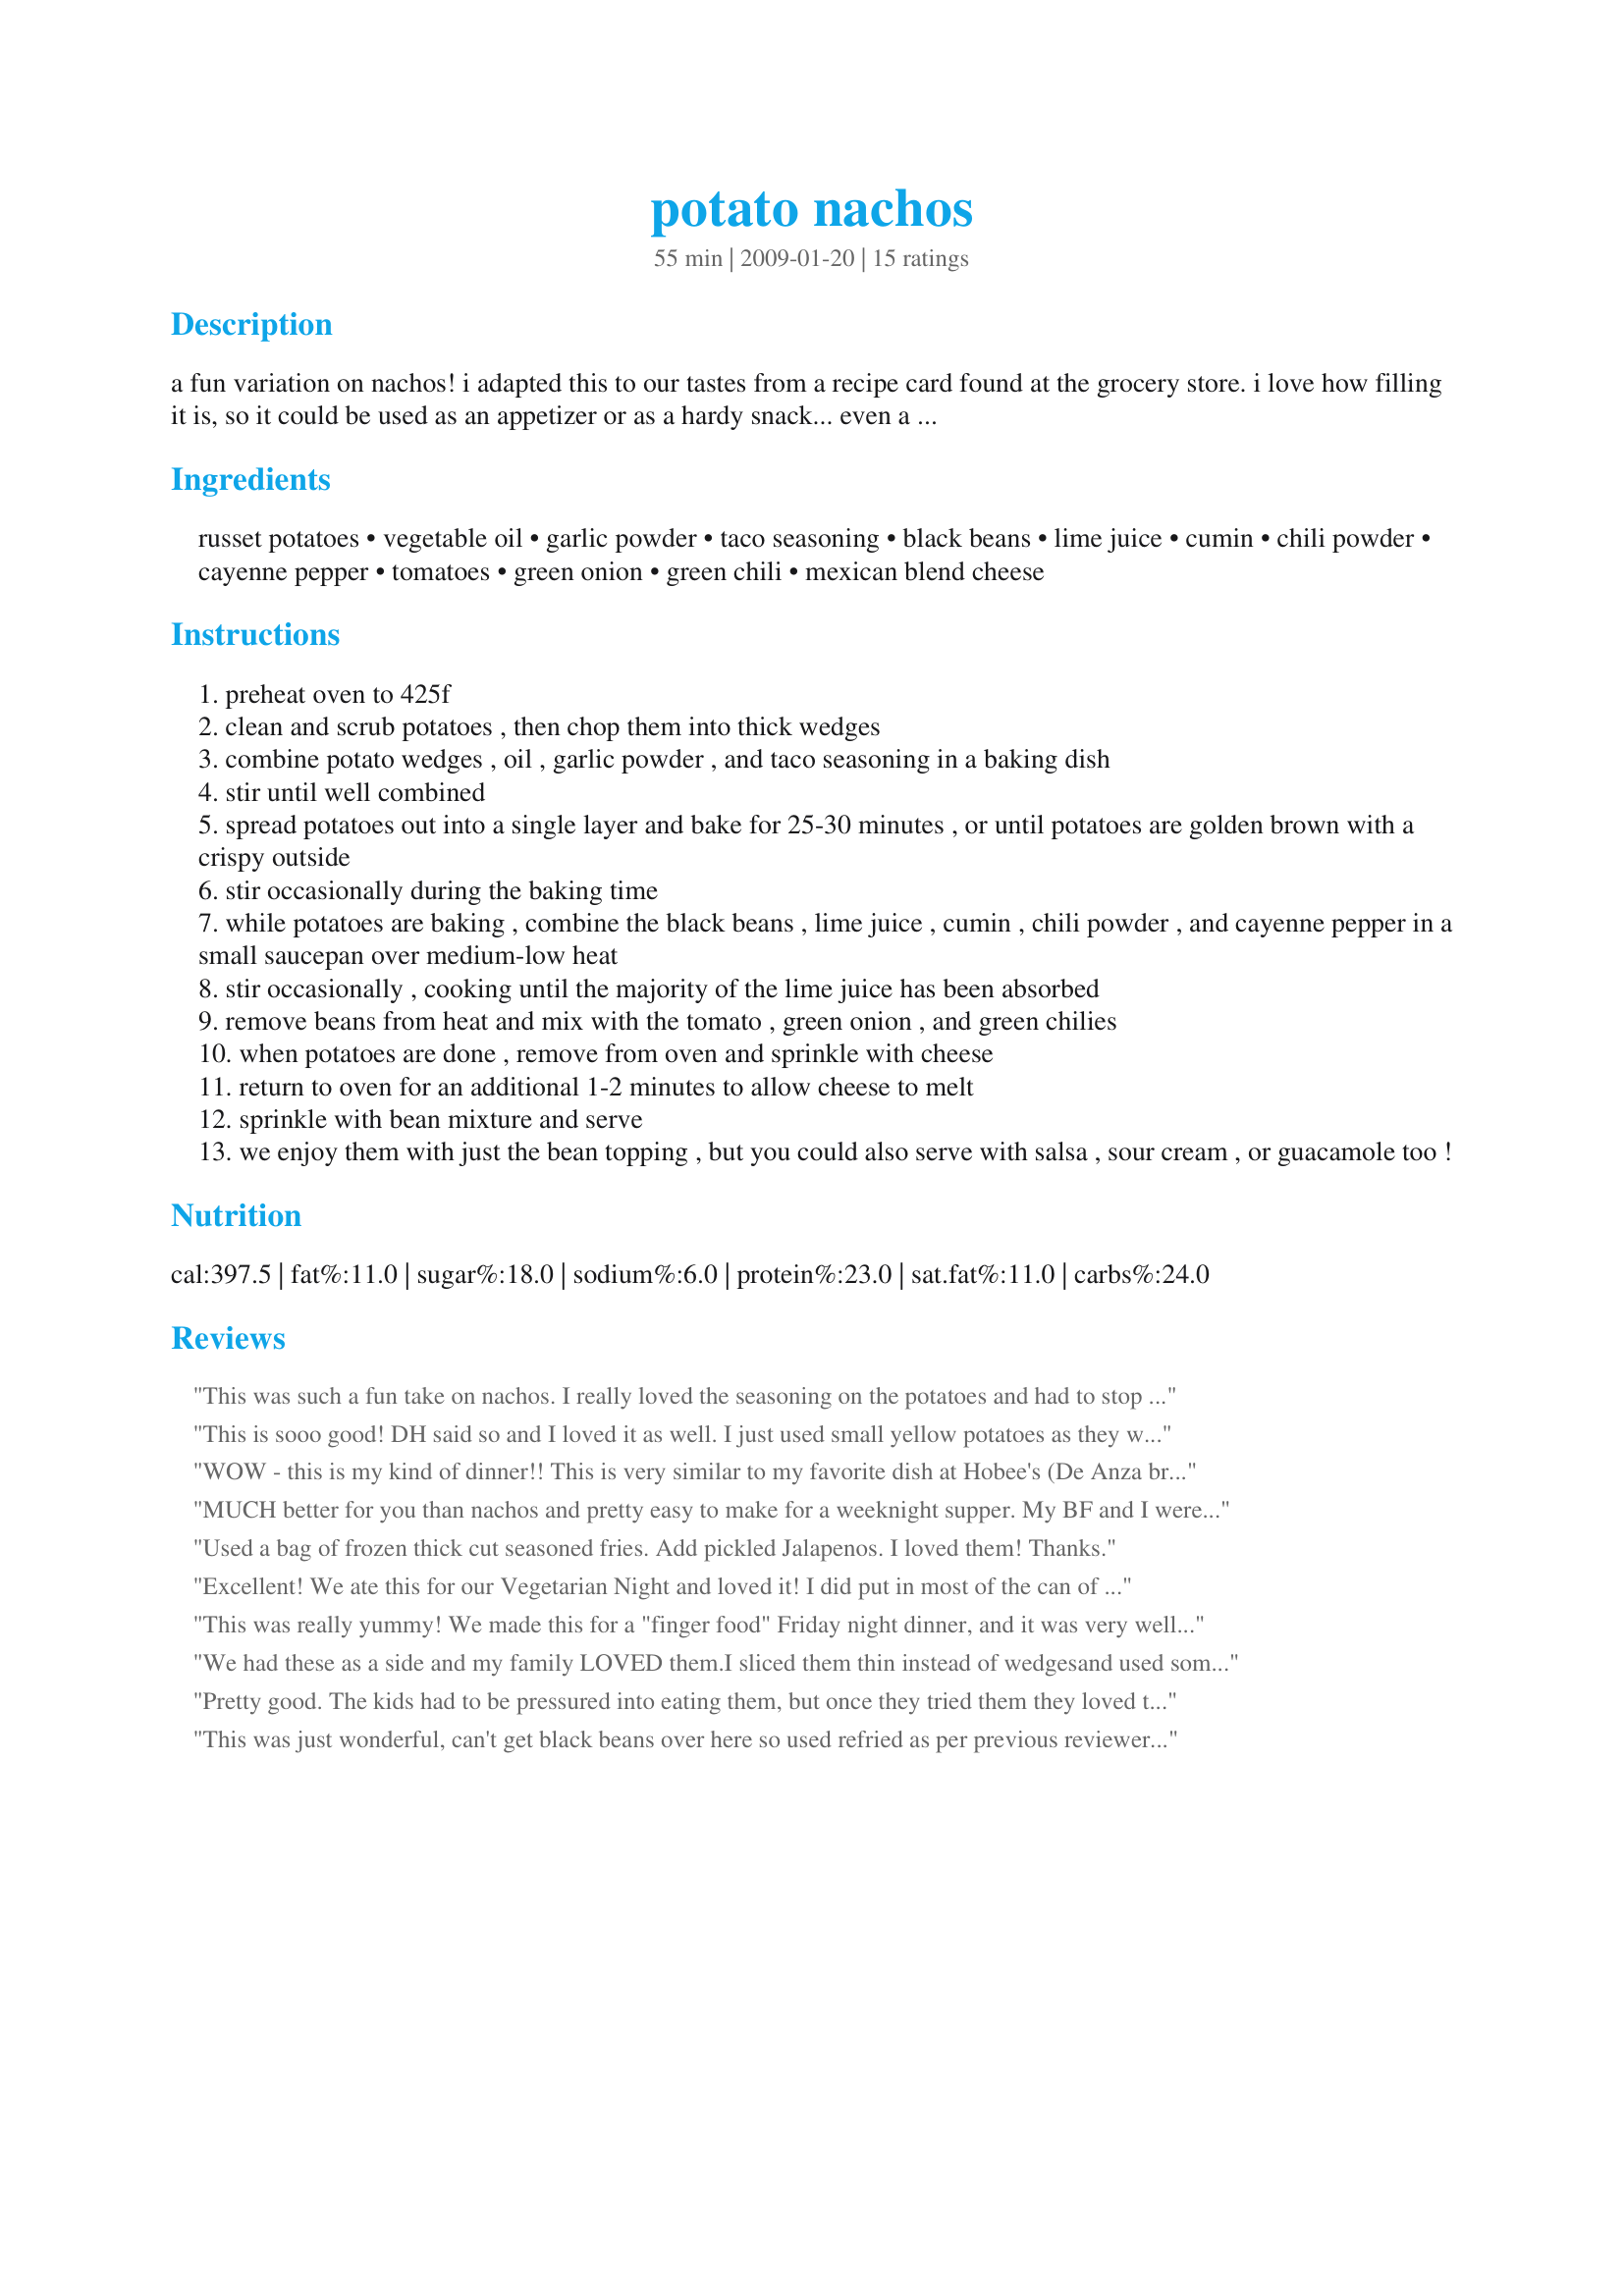
potato nachos
Preparation time: 55 minutes

a fun variation on nachos! i adapted this to our tastes from a recipe card found at the grocery store. i love how filling it is, so it could be used as an appetizer or as a hardy snack... even a meal with a lovely salad!

Ingredients:
russet potatoes, vegetable oil, garlic powder, taco seasoning, black beans, lime juice, cumin, chili powder, cayenne pepper, tomatoes, green onion, green chili, mexican blend cheese

Steps:
preheat oven to 425f
clean and scrub potatoes , then chop them into thick wedges
combine potato wedges , oil , garlic powder , and taco seasoning in a baking dish
stir until well combined
spread potatoes out into a single layer and bake for 25-30 minutes , or until potatoes are golden brown with a crispy outside
stir occasionally during the baking time
while potatoes are baking , combine the black beans , lime juice , cumin , chili powder , and cayenne pepper in a small saucepan over medium-low heat
stir occasionally , cooking until the majority of the lime juice has been absorbed
remove beans from heat and mix with the tomato , green onion , and green chilies
when potatoes are done , remove from oven and sprinkle with cheese
return to oven for an additional 1-2 minutes to allow cheese to melt
sprinkle with bean mixture and serve
we enjoy them with just the bean topping , but you could also serve with salsa , sour cream , or guacamole too !

Reviews:
This was such a fun take on nachos. I really loved the seasoning on the potatoes and had to stop myself from eating them just roasted! I'm glad I waited for the cheese (I kept it vegan and used Daiya cheese) and the bean/tomato mixture, though...yummy! I will definitely be making this recipe again and again. Thanks so much!
This is sooo good! DH said so and I loved it as well. I just used small yellow potatoes as they were what I had on hand. I used canola oil to be soy free, garlic salt instead of powder as that is what I have around. I did everything to taste not measure. I used recipe#96014, canned pink beans which we prefer and are the type generally used to make refried beans. I did not add cayenne per preference. I definitely at least doubled the topping. Used haloom cheese as that is what I had on hand but it doesn't melt as well so I may change that next time. I used the green onions but omitted the green chillies. I made the toping a few hours in advance and just rewarmed it. That worked well. I served it with Balkan (thick) yogurt on top instead of sour cream to be corn free!! I will surely make this again insha Allah. Made for Veggie Swap 26 ~ September 2010.
WOW - this is my kind of dinner!! This is very similar to my favorite dish at Hobee's (De Anza browns with black bean chili), but better and much healthier. I used pico de gallo instead of the chilies and tomatoes, plus the optional toppings in step 8. We also ended up using most of the can of black beans, since we had it open already. This is super super SUPER! ETA - I made this again the super quick way by microwaving the potatoes. It was almost as good that way as well!
MUCH better for you than nachos and pretty easy to make for a weeknight supper. My BF and I were really pleased with this, so I'd make it again in a snap. I served it with a salad. I doubled the beans, tomatoes, green onion and cheese blend but kept the rest of the spices about the same. I used a small diced jalapeno pepper for the green chilies. Topped it with salsa and low fat yogurt instead of sour cream. My only problem with this recipe was that I had no cooking spray, so I didn't spray my teflon cookie sheet, and the potatoes stuck to it. May have been my fault for not being vigilant enough about stirring them though. Thanks for this great vegetarian recipe:)
Used a bag of frozen thick cut seasoned fries. Add pickled Jalapenos. I loved them! Thanks.
Excellent! We ate this for our Vegetarian Night and loved it! I did put in most of the can of black beans and probably more cheese than called for. The seasoning is mild. Congrats Starrynews on becoming Frog#7 in Top Favorites of 2008 Game!
This was really yummy! We made this for a "finger food" Friday night dinner, and it was very well received by both adults and toddlers. I, too, sliced the potatoes instead of wedging them in order to get a more "nacho" feel. I used fresh tomatoes and stirred them in as the beans cooked instead of putting them on top. Thanks so much for posting, Starry. Made for Veg Swap 37.
We had these as a side and my family LOVED them.I sliced them thin instead of wedgesand used some salsa instead of chopped tomatoes.
Made for everyday is a holiday
Pretty good. The kids had to be pressured into eating them, but once they tried them they loved them. Most of my family doesn't like tomatoes, so I'll leave those out next time.
This was just wonderful, can't get black beans over here so used refried as per previous reviewer. Perfect, we just loved it thank you for posting. Made for Holidays Tag
I knew we were going to love this. I cut the recipe in half and served it as a side dish for dinner. Gave me 2 nice servings. The only change I made was to use diced fresh jalapeno's instead of the green chilies. Thanks for posting. :)
YUMMY, YUMMY, YUMMY! That's all I can say! But seriously, these are great. I had to improvise a little bit because I only had limited ingredients. I have no idea what a "russet" potato is, so I just used plain ol' potatoes. I use refried (is that how you spell it) beans instead of black beans and fresh canned banana peppers instead of the chilies. My hubby was raving and going on and on about how much he loved them. This is a great recipe and a keeper!
This is a fun little recipe, I enjoyed it and it felt like quite a treat. Was able to bake the potatoes in the toaster oven, so saved some energy...and I find they bake faster. The only thing I changed was to add extra black beans, and used Daiya "cheez". Very tasty, the little hint of lime comes thru nicely. This would be a great casual meal to serve to kids, with all the nacho trimming to go alongside. Thanks Starry!
These were really good! Will make again, and maybe kick it up another notch because I had not added the green chilies (forgot until I was already eating them!). Served with sour cream.
Very good. We enjoyed with dinner tonight. I made a few modification. Since tomatoes are not in season I used 3/4 of a 10 ounce can of Rotel diced tomatoes w. chilies, in place of the tomato and chilies. I sliced the potato instead of using wedges. I placed the potatoes in a baggie to mix ingredients instead of using a bowl. Thanks for posting. Made for The Best of 2009 Cookbook Swap.
